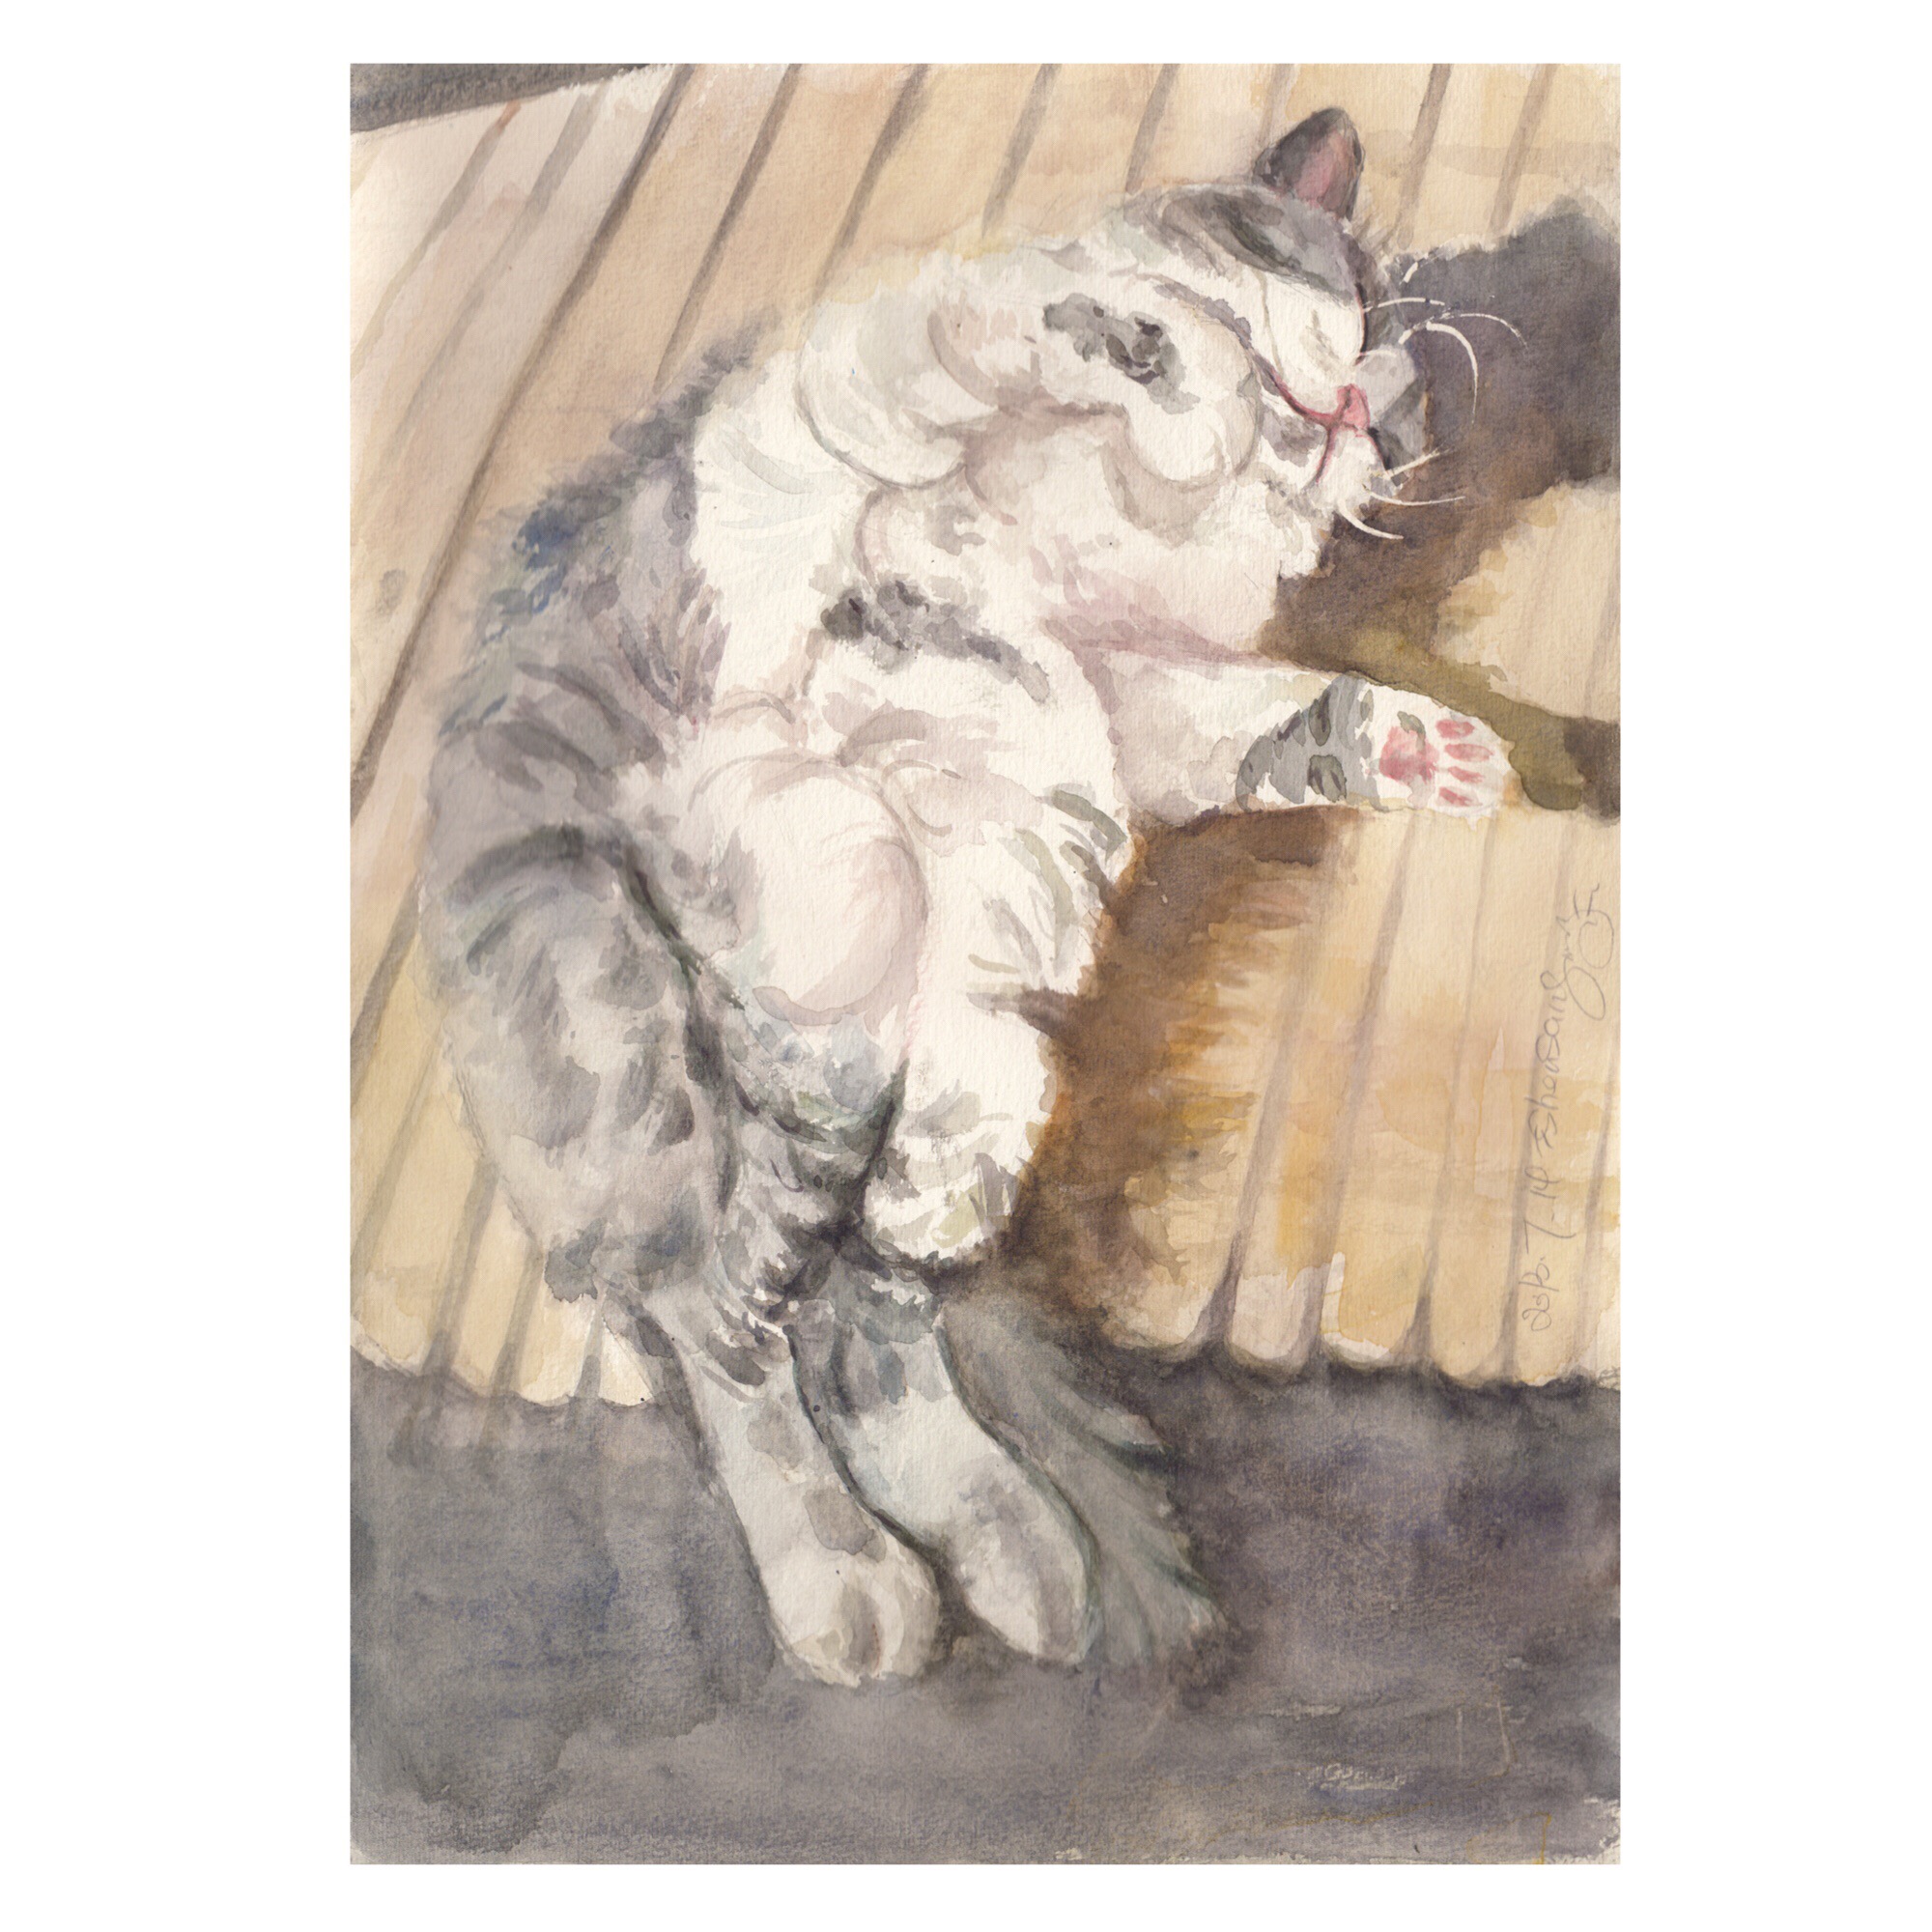
纸屏石枕竹方床，手倦抛书午梦长。